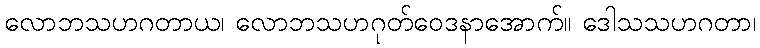
လောဘသဟဂတာယ၊ လောဘသဟဂုတ်ဝေဒနာအောက်။ ဒေါသသဟဂတာ၊